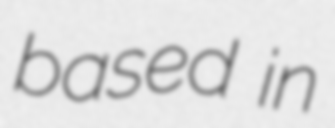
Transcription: based in